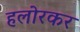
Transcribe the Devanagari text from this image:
हलोरकर